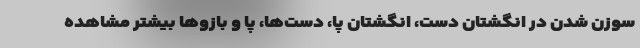
سوزن شدن در انگشتان دست، انگشتان پا، دست‌ها، پا و بازوها بیشتر مشاهده